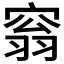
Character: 𡩥